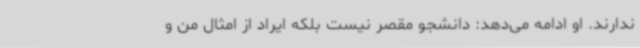
ندارند. او ادامه می‌دهد: دانشجو مقصر نیست بلکه ایراد از امثال من و